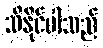
သိနိုင်ပါသည်